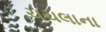
ચચલાના